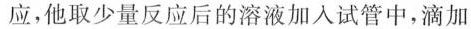
应，他取少量反应后的溶液加入试管中，滴加